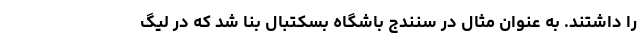
را داشتند. به عنوان مثال در سنندج باشگاه بسکتبال بنا شد که در لیگ